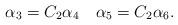
LaTeX: \begin{align*}\alpha_3 = C_2 \alpha_4\quad\alpha_5 = C_2 \alpha_6.\end{align*}